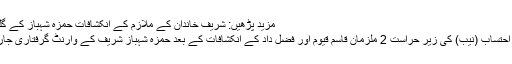
مزید پڑھیں: شریف خاندان کے ملازم کے انکشافات حمزہ شہباز کے گلے کا پھندہ بن گئے
یاد رہے قومی ادارہ احتساب (نیب) کی زیر حراست 2 ملزمان قاسم قیوم اور فضل داد کے انکشافات کے بعد حمزہ شہباز شریف کے وارنٹ گرفتاری جاری کیے گئے تھے۔